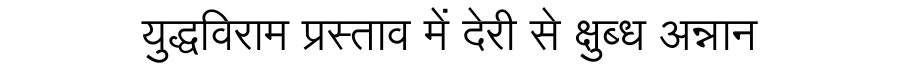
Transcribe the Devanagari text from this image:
युद्धविराम प्रस्ताव में देरी से क्षुब्ध अन्नान